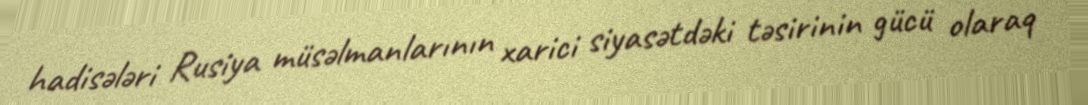
hadisələri Rusiya müsəlmanlarının xarici siyasətdəki təsirinin gücü olaraq